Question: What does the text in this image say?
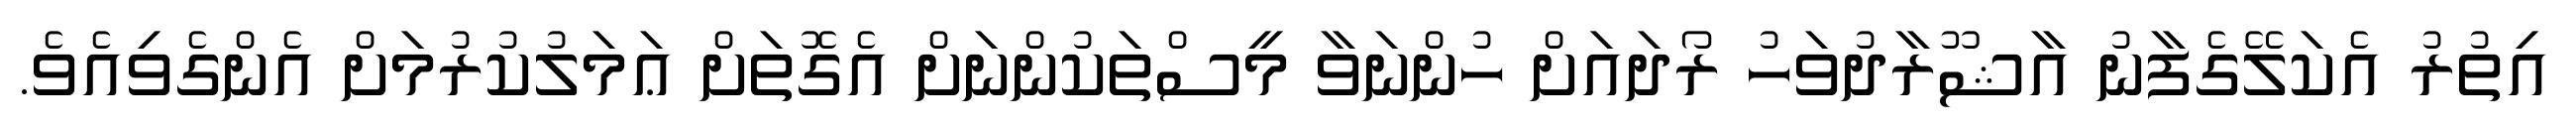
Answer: އިތުރު އެކަލޭގެފާނު އާޝޫރާދުވަހު ރޯދައަށް ހުންނަވާ މީސްތަކުންނަށް އެގޮތަށް ޢަމަލުކުރުމަށް އެންގެވިއެވެ.